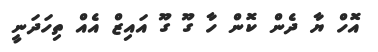
އޮހް ޔާ ދެން ކޮން ހާ ގޫ ގޫ އައިޒް އެއް ތިހަދަނީ